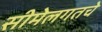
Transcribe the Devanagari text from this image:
सीमेलगतचे